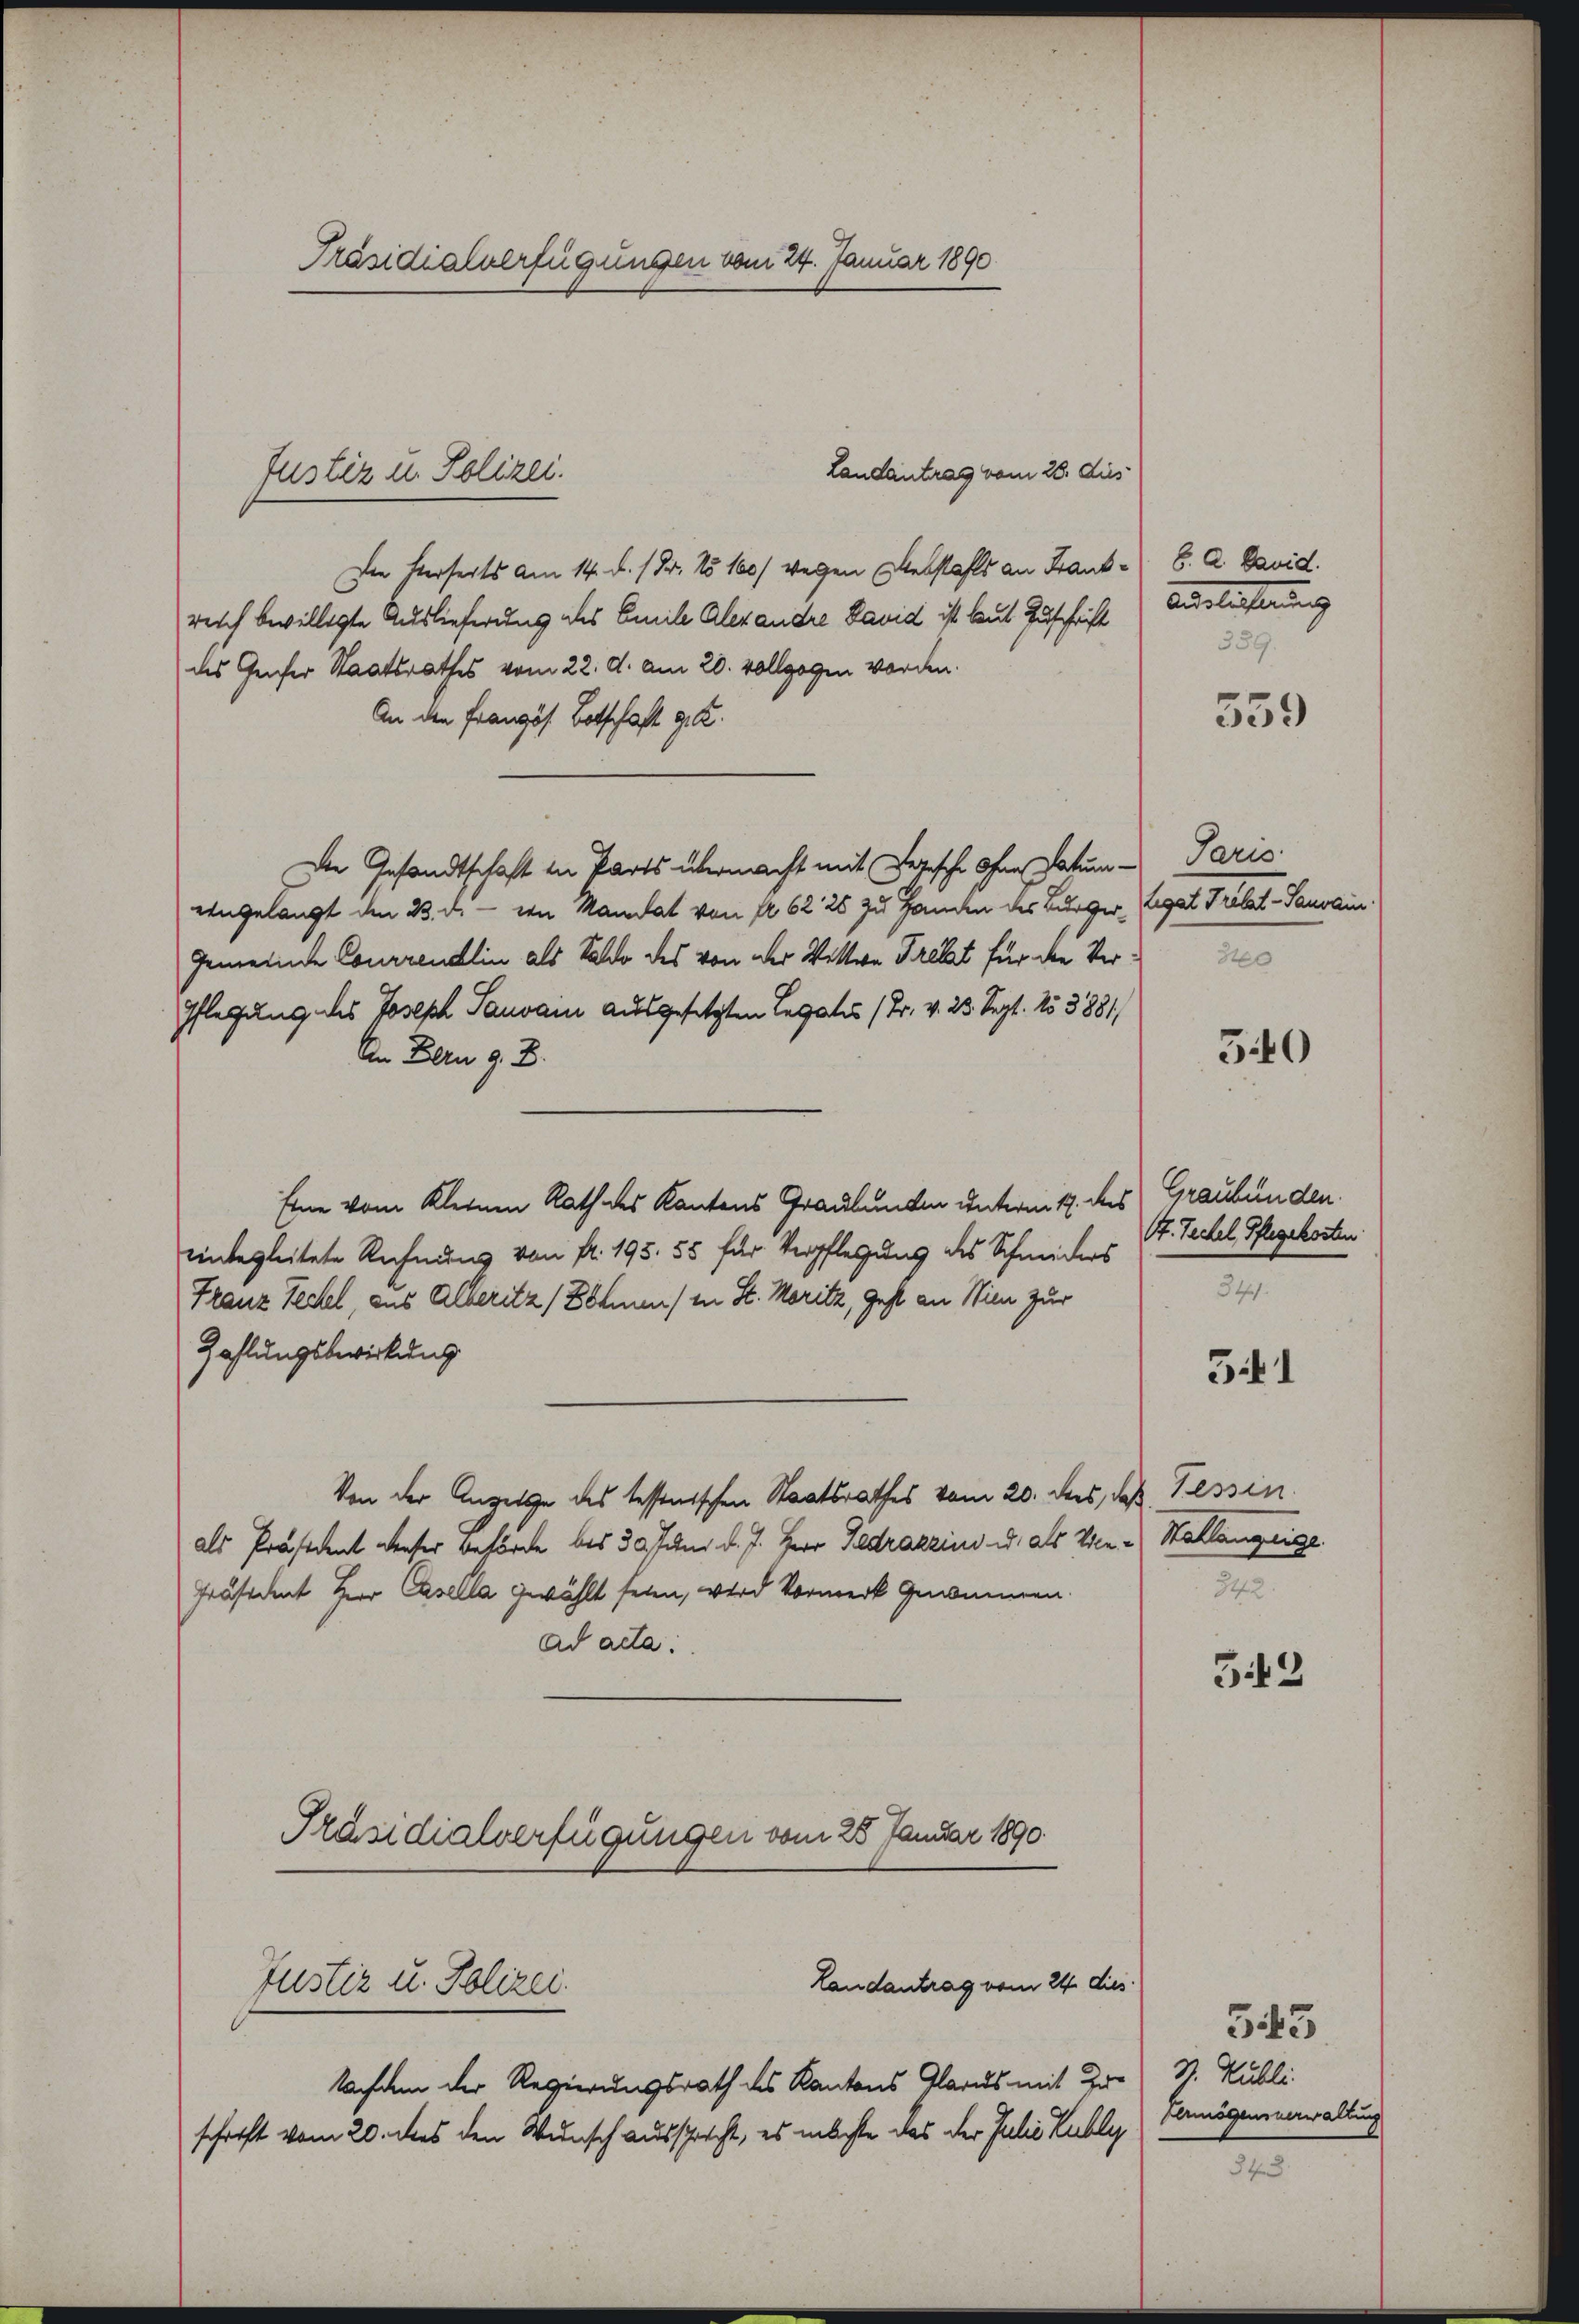
Präsidialverfügungen vom 24. Januar 1890

Landantrag vom 28. dies
Die Verseits am 14. d. 1 Fr. 15 160/ wegen Webstahls an Frankreich bewilligte Auslieferung des Emile Alexandre David ist laut Zuschrift
des Genfer Staatsrathes vom 22. d. am 20. vollzogen worden.
An den Französ. Botschaft get
Die Gesandtschaft in Parts übermacht mit Logische ohne Datumeingelangt den 23. d. - von Mandat von § 62 25 zu Handen des Bürger¬
Gemeinde Courrendlin als Saldo des von der Wittwe Frelat für die Ver¬
Pflegung des Joseph Sauvan ausgesetzten Legates (Fr. v. 23. Sept. No 3881/
An Bern z. B.
Eine vom Kleinen Rath des Kantons Graubunken unterm 14. des Graubünden.
einbegleitete Rechnung von fr. 195. 55 für Verpflegung des Schmiders
Franz Jeckel, aus Alberitz (Böhmen / in St. Moritz, Geht an Wien zur
Zahlungsbewirkung
Von der Anzeige des tessenischen Staatsrathes vom 20. des, das Tessin
als Präsident dieser Behörde bis 30 Juni d. J. Herr Gedrazzins u. als Vier-Sallanzeige
Präsident Herr Casella gewählt seien, wird Vormerk genommen.
ad acta.
Präsidialverfügungen vom 28. Januar 1890.
Landantrag vom 24. dies
Justiz u. Polizei.
Nachdem der Regierungsrath des Kantons Glarus mit der S. Kubli-
schrift vom 20. dies den Wunsch ausspricht, es machte das der Julio Kubliz

Justiz u. Polizei.

6. A. David.
Auslichtung
359.

559

Paris
legat Petent Paulin
310

340

4. Zechel, Pflegekosten

541

342.

543

Vermögensverwaltung

543

343.